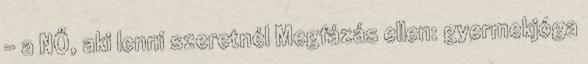
- a NŐ, aki lenni szeretnél Megfázás ellen: gyermekjóga